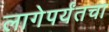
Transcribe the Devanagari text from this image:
लागेपर्यंतचा